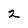
Character: 2